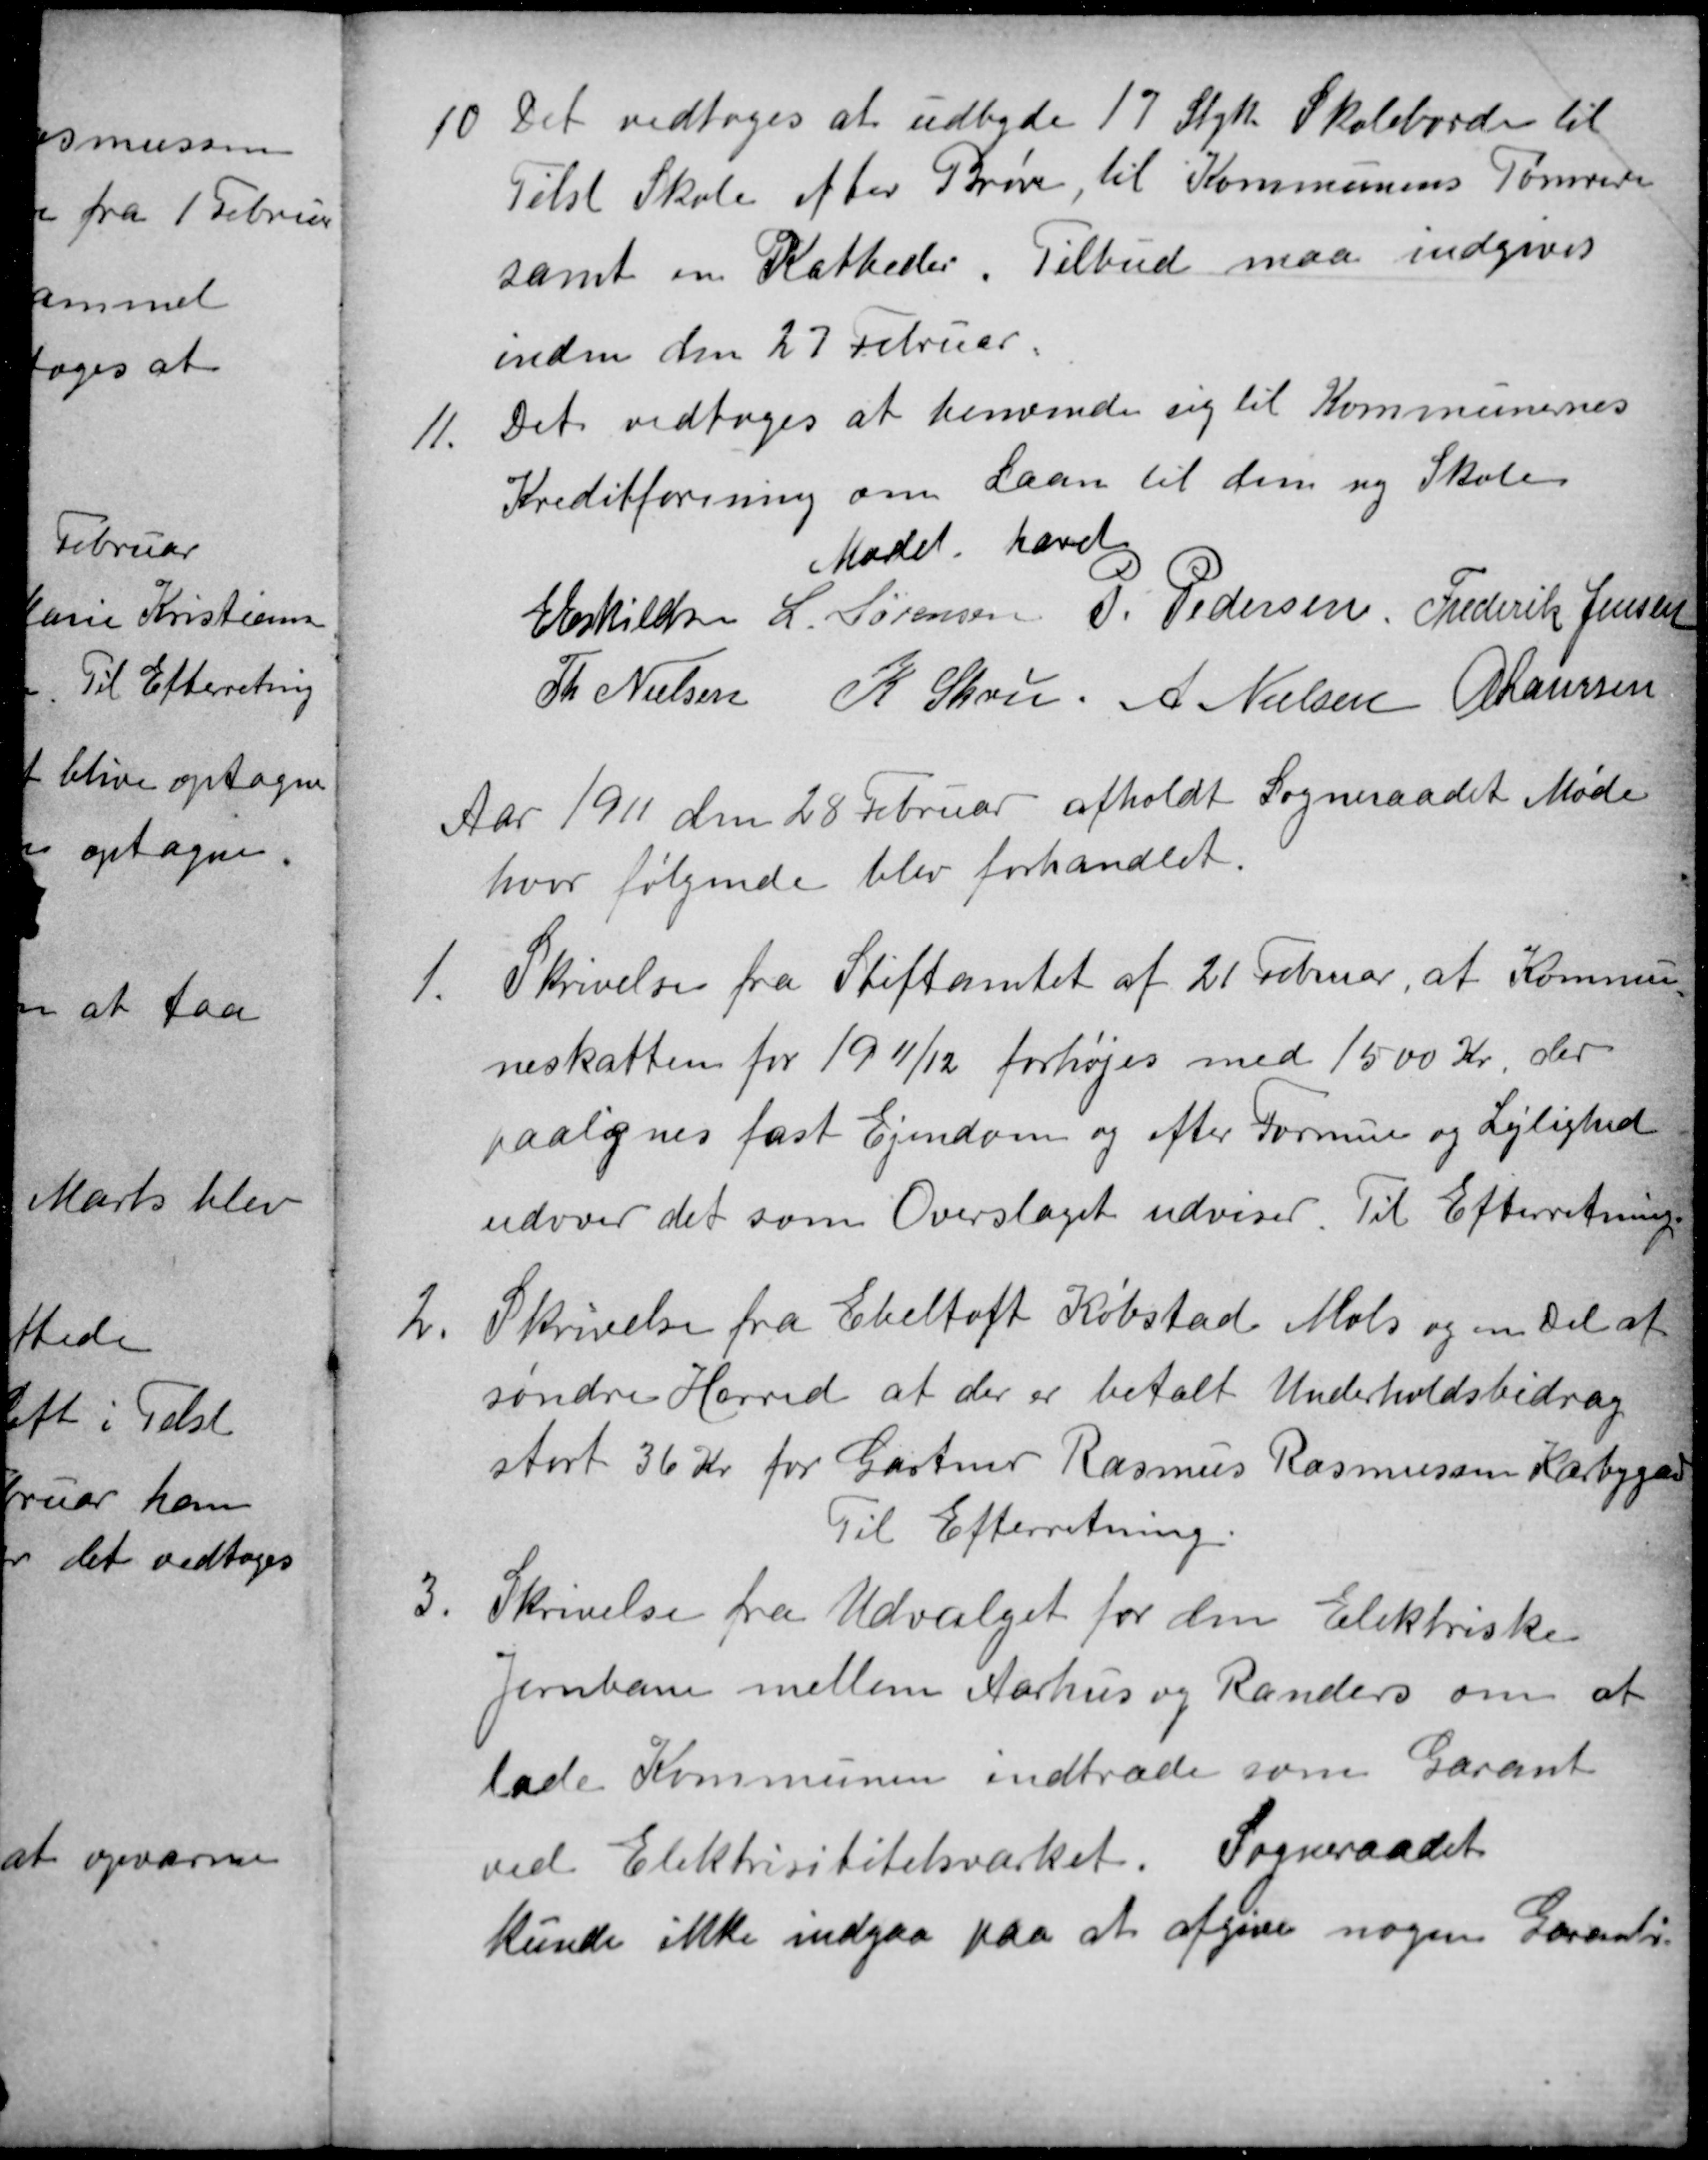
Transskription:
10 Det vedtoges at udbyde 17 Styk Skoleborde til
Tilst Skole efter Prøve, til Kommunens Tømrere
samt en Katheder. Tilbud maa indgives
inden den 27 Februar.
11.
Det vedtoges at henvende sig til Kommunernes
Kreditforening om Laan til den ny Skole.
Mødet hævet
E Eskildsen
L. Sørensen
P. Pedersen Frederik Jensen
Th Nielsen
K Skou
A Nielsen A Laursen
Aar 1911 den 28 Februar afholdt Sogneraadet Møde
hvor følgende blev forhandlet.
1.
Skrivelse fra Stiftamtet af 21 Februar, at Kommu
neskatten for 1911/12 forhøjes med 1500 Kr, der
paalignes fast Ejendom og efter Formue og Lejlighed
udover det som Overslaget udviser. Til Efterretning.
2
Skrivelse fra Ebeltoft Købstad Mols og en Del af
søndre Herred at der er betalt Underholdsbidrag
stort 36 Kr for Gartner Rasmus Rasmussen Kærbygard
Til Efterretning.
3. Skrivelse fra Udvalget for den Elektriske
3. Skrivelse fra Udvalget for den Elektriske
Jernbane mellem Aarhus og Randers om at
lade Kommunen indtræde som Garant
ved Elektrisititetsværket. Sogneraadet
kunde ikke indgaa paa at afgive nogen Garanti.